Report on horse surra - Volume II, Part II
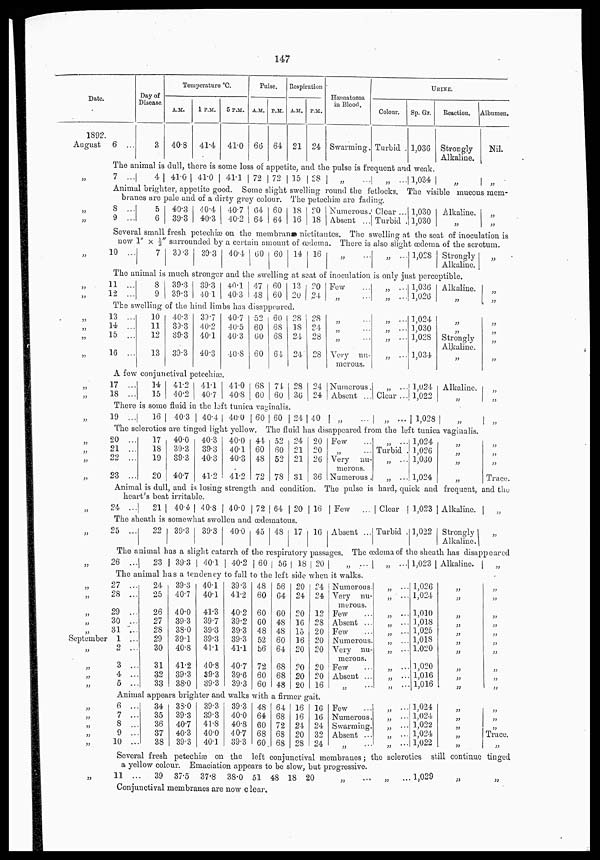
147
Date.
1892.
August
„
„
„
„
„
„
„
„
„
„
„
„
„
„
„
„
September
„
„
„
„
6 ...
Day of
Disease.
3
Temperature °C.
A.M.
40.8
1 P.M.
41.4
5 P.M.
41.0
Pulse.
A.M.
66
P.M.
64
Respiration
A.M.
21
P.M.
24
Hæmatozoa
in Blood.
Swarming.
URINE.
Colour.
Turbid .
Sp. Gr.
1,036
Reaction.
Strongly
Alkaline.
Albumen.
Nil.
The animal is dull, there is some loss of appetite, and the pulse is frequent and weak.
7 ...
4 41.0 41.0
41.1 72 72 15 28
„ ...
„ ... 1,034
„
„
Animal brighter, appetite good. Some slight swelling round the fetlocks. The visible mucous mem
branes are pale and of a dirty grey colour. The petechiæ are fading.
8 ..
9 ..
5
6
40.3
39.3
40.4
40.3
40.7
40.2
64
64
60
64
18
16
20
18
Numerous
Absent ..
Clear ...
Turbid
1,030
1,030
Alkaline.
„
„
„
Several small fresh petechiæ on the membranæ nictitantes. The swelling at the seat of inoculation is
now 1" × ⅓" surrounded by a certain amount of œdema. There is also slight œdema of the scrotum.
10 ..
7 39.3 39.3 40.4 60
60 14 16
„
„
1,028 Strongly
Alkaline.
„
The animal is much stronger and the swelling at seat of inoculation is only just perceptible.
11 ..
12 ..
8
9
39.3
39.3
39.3
40.1
40.1
40.3
47
48
60
60
13
20
20
24
Few
„
„ ...
„ ...
1,036
1,026
Alkaline.
„
„
The swelling of the hind limbs has disappeared.
13 ..
14 ..
15 ..
16 ..
10
11
12
13
40.3
39.3
39.3
39.3
39.7
40.2
40.1
40.3
40.7
40.5
40.3
40.8
52
60
60
60
60
68
68
64
28
18
24
24
28
24
28
28
„
„
„
Very nu-
merous.
„ ...
„ ...
„ ...
„ ...
1,024
1,030
1,028
1,034
„
„
Strongly
Alkaline.
„
„
„
„
„
A few conjunctival petechiæ.
17 ...
18 ...
14
15
41.2
40.2
41.1
40.7
41.0
40.8
68
60
74
60
28
30
24
24
Numerous
Absent .
„ ...
Clear .
1,024
1,022
Alkaline.
„
„
„
There is some fluid in the left tunica vaginalis.
19 ...
16
40.3 40.4 40.0 60 60 24 40
„ ...
„ ... 1,028 „
„
The sclerotics are tinged light yellow. The fluid has disappeared from the left tunica vaginalis.
20 ...
21 ...
22 ...
23 ...
17
18
19
20
40.0
39.3
39.3
40.7
40.3
39.3
40.3
41.2
40.0
40.1
40.3
41.2
44
60
48
72
52
60
52
78
24
21
21
31
20
20
26
36
Few
„
Very nu¬
merons.
Numerous
„
.. Turbid
„ ...
„ ...
1,024
1,026
1,030
1,024
„
„
„
„
„
„
„
Trace.
Animal is dull, and is losing strength and condition. The pulse is hard, quick and frequent, and the
heart's beat irritable.
24 ...
21
40.4 40.8 40.0 72 64 1 20 16 Few . Clear 1,023 Alkaline.
„
The sheath is somewhat swollen and œdematous.
25 ...
22 39.3 39.3 40.0 45
48 17 16 Absent . .. Turbid 1,022 Strongly
Alkaline.
„
„
The animal has a slight catarrh of the respiratory passages. The œdema of the sheath has disappeared
26 ...
2
39.3 40.1 40.2 60
56 18 20
„ ...
„ ... 1,023 Alkaline.
„
The animal has a tendency to fall to the left side when it walks.
27 ...
28 ...
29 ...
30 ...
31 ...
1 ...
2 ...
3 ...
4 ...
5 ...
24
25
26
27
28
29
30
31
32
33
39.3
40.7
40.0
39.3
38.0
39.1
40.8
41.2
39.3
38.0
40.1
40.1
41.3
39.7
39.3
39.3
41.1
40.8
39.3
39.3
39.3
41.2
40.2
39.2
39.3
39.3
41.1
40.7
39.6
39.3
48
60
60
60
48
52
56
72
60
60
56
64
60
48
48
60
64
68
68
48
20
24
20
16
15
16
20
20
20
20
24
24
12
28
20
20
20
20
20
16
Numerous.
Very nu-
merous.
Few
Absent
Few
Numerous.
Very nu-
merous
Few
Absent
„
„ ...
„ ....
„ ...
„ ...
„ ...
„ ...
„ ...
„ ...
„ ...
„ ...
1,026
1,024
1,010
1,018
1,025
1,018
1,020
1,020
1,016
1,016
„
„
„
„
„
„
„
„
„
„
„
„
„
„
„
„
„
„
„
Animal appears brighter and walks with a firmer gait.
6 ...
7 ...
8 ...
9 ...
10 ...
34
35
36
37
38
38.0
39.3
40.7
40.3
39.3
39.3
39.3
41.8
40.0
40.1
39.3
40.0
40.8
40.7
39.3
48
64
60
68
60
64
68
72
68
68
16
16
24
20
28
16
16
24
32
24
Few
Numerous.
Swarming
Absent
„
„ ...
„ ...
„ ...
„ ...
„ ...
1,024
1,024
1,022
1,024
1,022
„
„
„
„
„
„
„
„
Trace.
„
Several fresh petechiæ on the left conjunctival membranes; the sclerotics still continue tinged
a yellow colour. Emaciation appears to be slow, but progressive.
11 ...
39 37.5
37.8 38.0 51
48 18 20
„
... „
... 1,029 „
„
Conjunctival membranes are now clear.